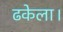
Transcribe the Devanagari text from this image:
ढकेला।